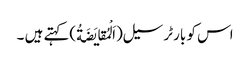
اس کو بارٹر سیل(اَلْمُقایَضَةُ)کہتے ہیں ۔